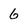
Character: 6